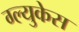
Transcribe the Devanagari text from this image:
ग्ल्युकेस